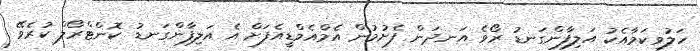
ހަލުވިކަމާއެކު އަލިފާންގަނޑު ރޯވެ އަނދަން ފެށުމުން އެމްއެމްޑީއެފަށް އެ އަލިފާންގަނޑު ކޮންޓްރޯލް ކުރެވޭ